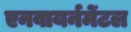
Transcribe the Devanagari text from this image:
एनवायर्नमेंटल